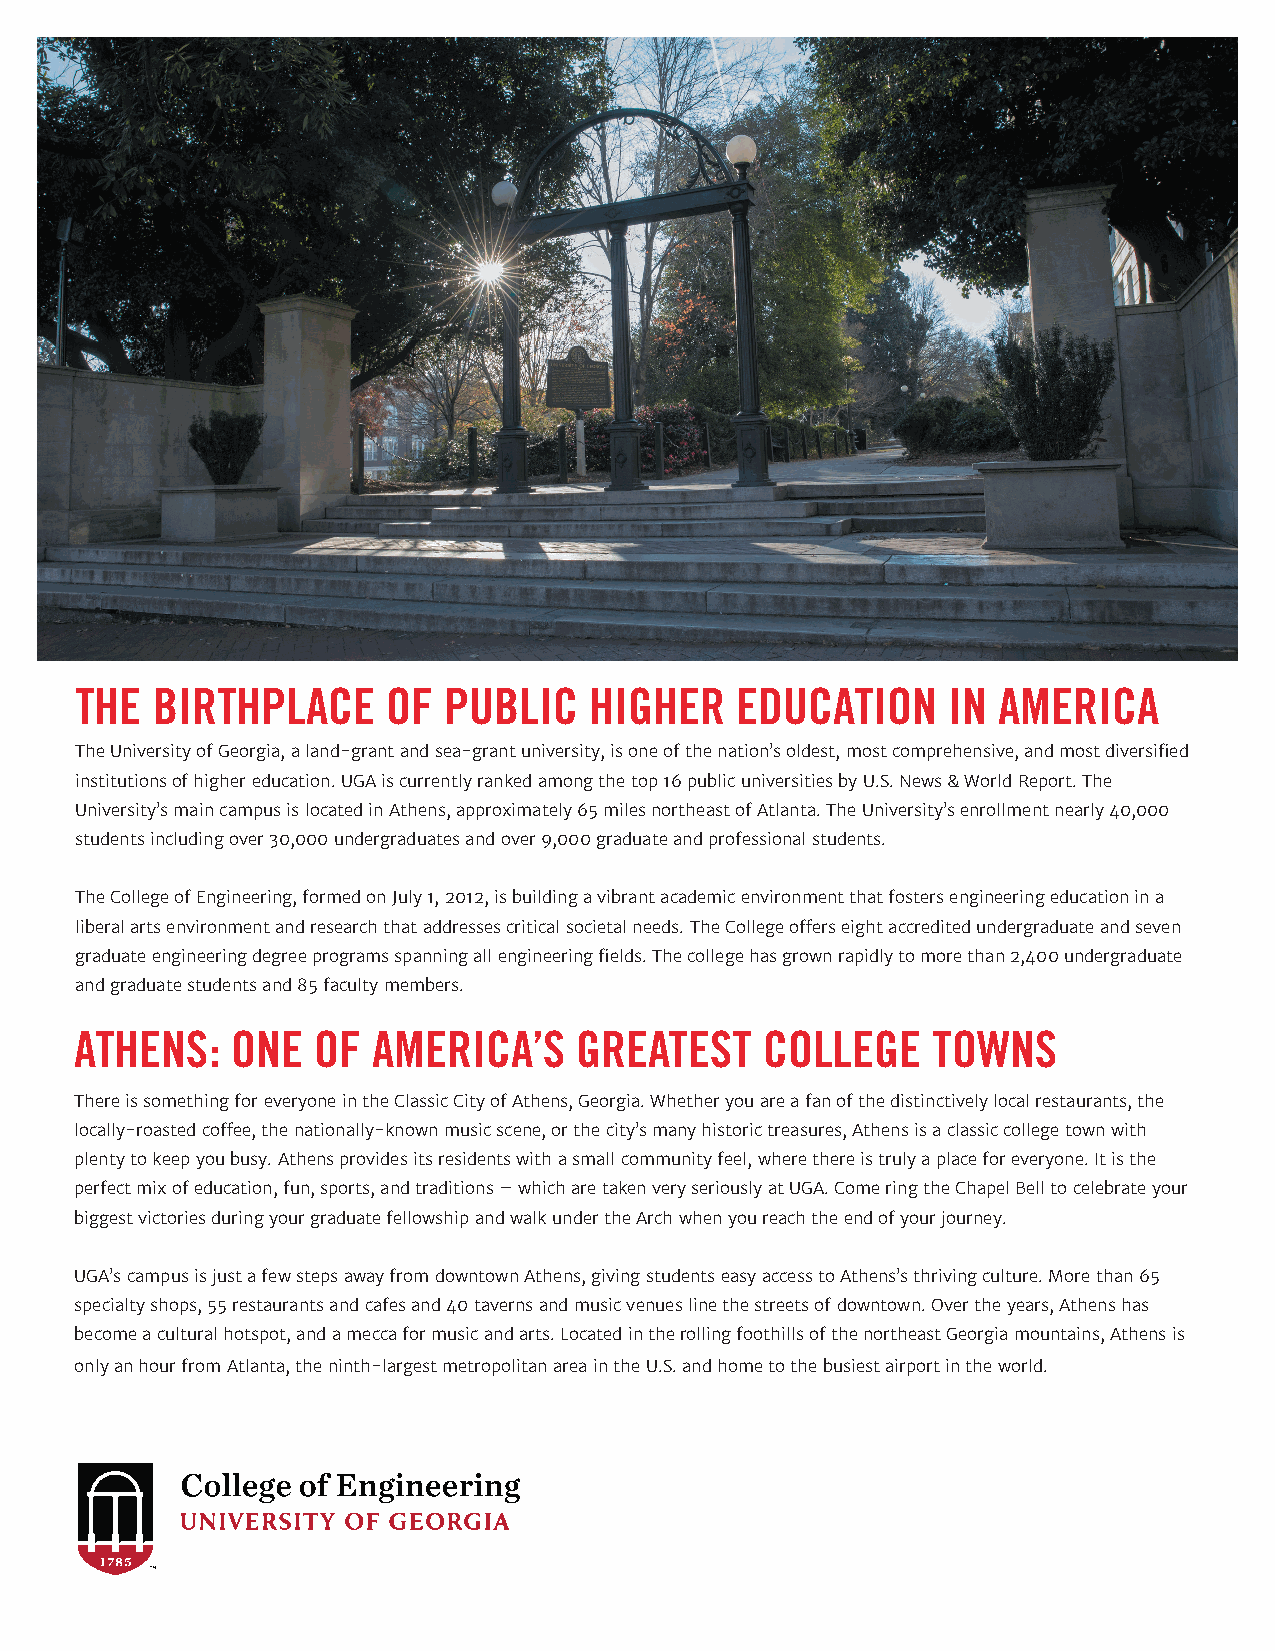
THE  BIRTHPLACE      OF PUBLIC    HIGHER    EDUCATION     IN AMERICA
 The University of Georgia, a land-grant and sea-grant university, is one of the nation’s oldest, most comprehensive, and most diversified
 institutions of higher education. UGA is currently ranked among the top 16 public universities by U.S. News & World Report. The
 University’s main campus is located in Athens, approximately 65 miles northeast of Atlanta. The University’s enrollment nearly 40,000
 students including over 30,000 undergraduates and over 9,000 graduate and professional students.
 The College of Engineering, formed on July 1, 2012, is building a vibrant academic environment that fosters engineering education in a
 liberal arts environment and research that addresses critical societal needs. The College offers eight accredited undergraduate and seven
 graduate engineering degree programs spanning all engineering fields. The college has grown rapidly to more than 2,400 undergraduate
 and graduate students and 85 faculty members.
 ATHENS:   ONE   OF  AMERICA’S    GREATEST     COLLEGE    TOWNS
 There is something for everyone in the Classic City of Athens, Georgia. Whether you are a fan of the distinctively local restaurants, the
 locally-roasted coffee, the nationally-known music scene, or the city’s many historic treasures, Athens is a classic college town with
 plenty to keep you busy. Athens provides its residents with a small community feel, where there is truly a place for everyone. It is the
 perfect mix of education, fun, sports, and traditions – which are taken very seriously at UGA. Come ring the Chapel Bell to celebrate your
 biggest victories during your graduate fellowship and walk under the Arch when you reach the end of your journey.
 UGA’s campus is just a few steps away from downtown Athens, giving students easy access to Athens’s thriving culture. More than 65
 specialty shops, 55 restaurants and cafes and 40 taverns and music venues line the streets of downtown. Over the years, Athens has
 become a cultural hotspot, and a mecca for music and arts. Located in the rolling foothills of the northeast Georgia mountains, Athens is
 only an hour from Atlanta, the ninth-largest metropolitan area in the U.S. and home to the busiest airport in the world.